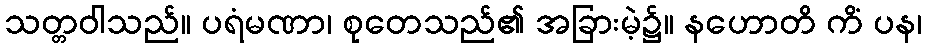
သတ္တဝါသည်။ ပရံမဏာ၊ စုတေသည်၏ အခြားမဲ့၌။ နဟောတိ ကိံ ပန၊